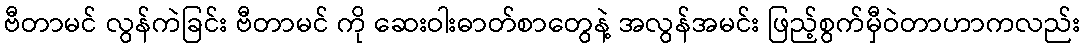
ဗီတာမင် လွန်ကဲခြင်း ဗီတာမင် ကို ဆေးဝါးဓာတ်စာတွေနဲ့ အလွန်အမင်း ဖြည့်စွက်မှီဝဲတာဟာကလည်း